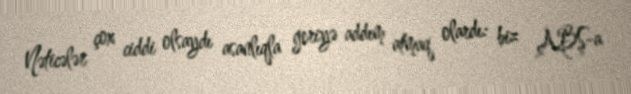
Nəticələr çox ciddi olsaydı asanlıqla geriyə addım atmaq olardı: biz ABŞ-a